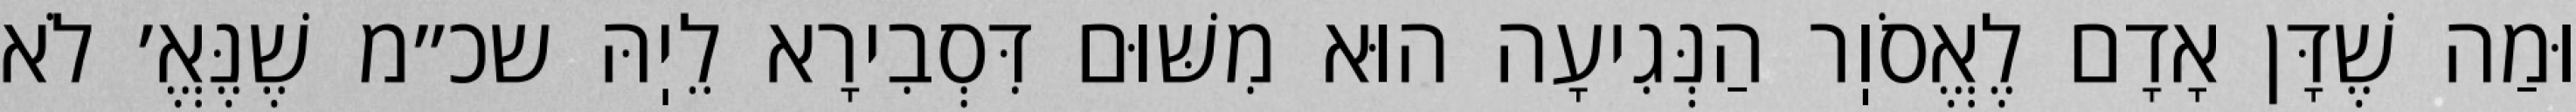
וּמַה שֶׁדָּן אָדָם לֶאֱסֹוֽר הַנְּגִיעָה הוּא מִשּׁוּם דִּסְבִירָא לֵיֽהּ שכ״מ שֶׁנֶּאֱ׳ לֹא